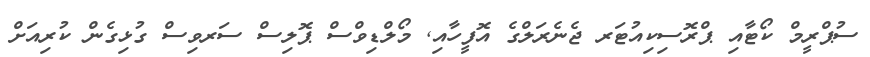
ސުޕްރީމް ކޯޓާއި ޕްރޮސިކިއުޓަރ ޖެނެރަލްގެ އޮފީހާއި